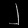
Digit: ၂